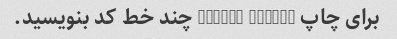
برای چاپ "Hello World" چند خط کد بنویسید.